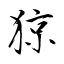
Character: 猄